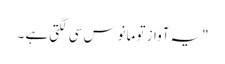
"یہ آواز تو مانوس سی لگتی ہے ۔